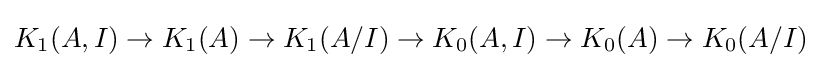
K_{1}(A,I)\rightarrow K_{1}(A)\rightarrow K_{1}(A/I)\rightarrow K_{0}(A,I)\rightarrow K_{0}(A)\rightarrow K_{0}(A/I)\